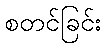
စတင်ခြင်း